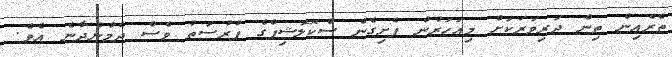
ތެރެއިން ތިން ދަރިވަރަކަށް މިއަހަރުން ފެށިގެން ސްކޮލޮޝިޕްގެ ފުރުސަތު ވެސް ދެމުންދާނެ އެވެ.